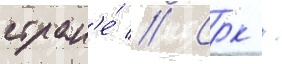
стран'е́ // Срк /